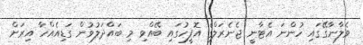
ވެލާނާގޭގައި ހުންނަ އެޓާނީ ޖެނެރަލްގެ އޮފީހުގައި ބޭއްވި މި ބައްދަލުވުން ގަޑިއެއްހާ އިރަށް